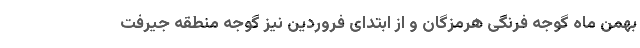
بهمن ماه گوجه فرنگی هرمزگان و از ابتدای فروردین نیز گوجه منطقه جیرفت